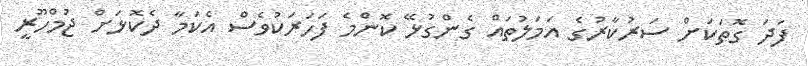
ފަދަ ގޮތަކަށް ސަރުކާރުގެ އަމަލުތައް ގެންގުޅޭ ކޮންމެ ފަހަރަކުވެސް އެކަމާ ދެކޮޅަށް ޖުމްހޫރީ